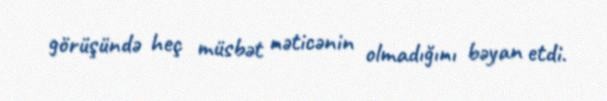
görüşündə heç müsbət nəticənin olmadığını bəyan etdi.